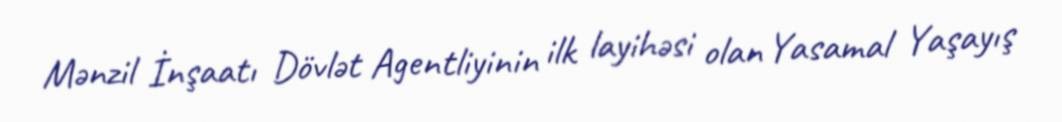
Mənzil İnşaatı Dövlət Agentliyinin ilk layihəsi olan Yasamal Yaşayış